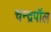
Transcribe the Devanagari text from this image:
चन्द्रपॉल